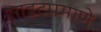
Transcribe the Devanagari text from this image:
साइटप्रमाणे